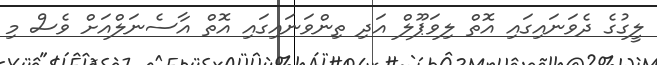
ލީގުގެ ދެވަނައިގައި އޮތް ލިވަޕޫލް އަދި ތިންވަނައިގައި އޮތް އާސެނަލްއަށް ވެސް މި